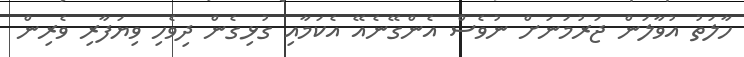
ހާލަތު އުވާލަން ޖަރުމަނަށް ނުވެސް އެންގޭނެއޭ އެކަމާއި ގުޅިގެން ދިވެހި ވިޔަފާރި ވެރިން